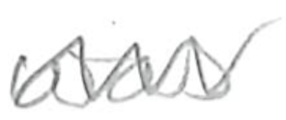
Text: was
Cross-out: zig-zag
Writing tool: pencil